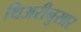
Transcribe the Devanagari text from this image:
थिअरीनुसार